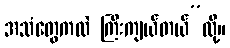
အသံတွေကလဲ ကြီးကျယ်တယ်”လို့။